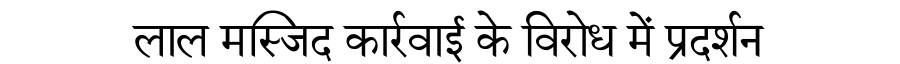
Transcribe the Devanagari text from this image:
लाल मस्जिद कार्रवाई के विरोध में प्रदर्शन